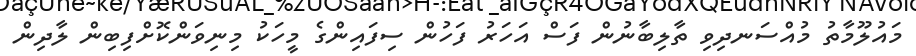
މައުލޫމާތު މުއްސަނދިވި ތާލިބާނުން ފަސް އަހަރު ފަހުން ސިފައިންގެ މީހަކު މިނިވަންކޮށްފިބިން ލާދިން